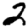
Digit: 2